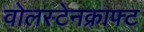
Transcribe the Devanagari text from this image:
वोलस्टेनक्राफ्ट